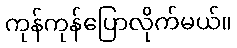
ကုန်ကုန်ပြောလိုက်မယ်။